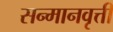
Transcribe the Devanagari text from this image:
सन्मानवृत्ती